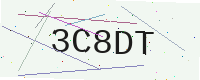
Text: 3C8DT